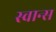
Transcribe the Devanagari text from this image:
स्वान्स